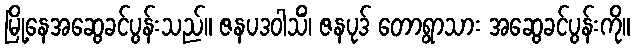
မြို့နေအဆွေခင်ပွန်းသည်။ ဇနပဒဝါသိံ၊ ဇနပုဒ် တောရွာသား အဆွေခင်ပွန်းကို။